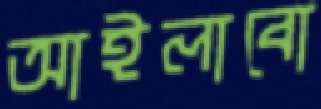
আইলাবো